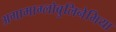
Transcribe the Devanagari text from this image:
अगामाग्लोबुलिनेमिया